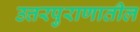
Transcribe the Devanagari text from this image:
उत्तरपुराणातील